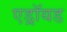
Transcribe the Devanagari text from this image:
एड्रॉयड